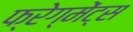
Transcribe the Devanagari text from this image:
फ्रेग्मेंट्स